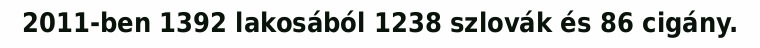
2011-ben 1392 lakosából 1238 szlovák és 86 cigány.